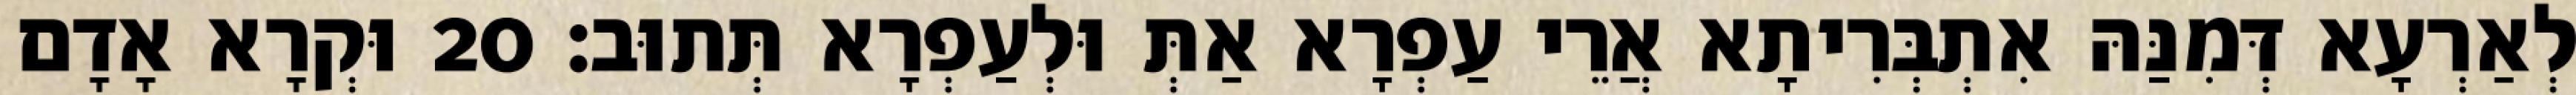
לְאַרְעָא דְּמִנַּהּ אִתְבְּרִיתָא אֲרֵי עַפְרָא אַתְּ וּלְעַפְרָא תְּתוּב׃ 20 וּקְרָא אָדָם